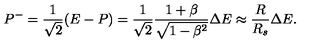
P ^ { - } = \frac { 1 } { \sqrt { 2 } } ( E - P ) = \frac { 1 } { \sqrt { 2 } } \frac { 1 + \beta } { \sqrt { 1 - \beta ^ { 2 } } } \Delta E \approx \frac { R } { R _ { s } } \Delta E .